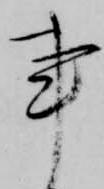
事